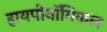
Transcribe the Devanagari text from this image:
हायपोनॉमिकल